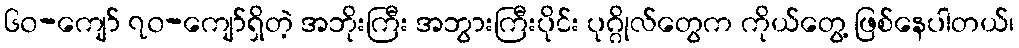
၆၀-ကျော် ၇၀-ကျော်ရှိတဲ့ အဘိုးကြီး အဘွားကြီးပိုင်း ပုဂ္ဂိုလ်တွေက ကိုယ်တွေ့ ဖြစ်နေပါတယ်၊